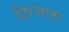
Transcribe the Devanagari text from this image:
झिजला